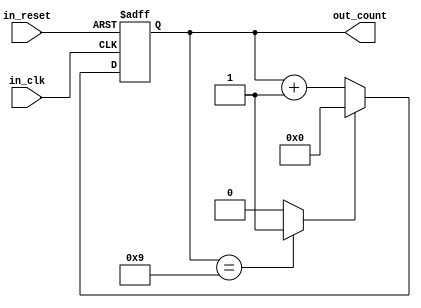
module _4BitCounter(
	input wire in_clk,
	input wire in_reset,
	output wire [3:0] out_count);

	parameter _4BIT_COUNTER_EXPIRED = 4'd9;
	//
	reg [3:0] _4bit_counter;
	wire is_4bit_counter_expired;
	//
	assign is_4bit_counter_expired = (_4bit_counter == _4BIT_COUNTER_EXPIRED)? 1'b1: 1'b0;
	//
	always @(posedge in_clk or posedge in_reset)
	begin
		if (in_reset)
			_4bit_counter <= 4'd0;
		else
		begin
			if (is_4bit_counter_expired)
				_4bit_counter <= 4'd0;
			else
				_4bit_counter <= _4bit_counter + 4'd1;
		end
	end
	//
	assign out_count = _4bit_counter;
	//
endmodule